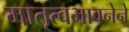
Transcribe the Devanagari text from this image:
मातृत्वभावनेने